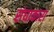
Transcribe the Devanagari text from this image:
संघाकारा